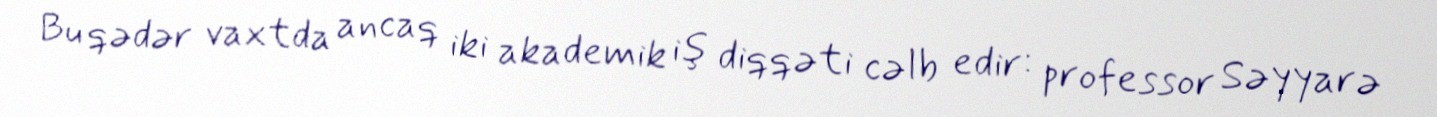
Bu qədər vaxtda ancaq iki akademik iş diqqəti cəlb edir: professor Səyyarə